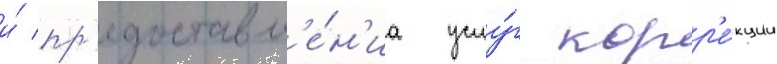
и́ пр'едоставл'е́н'иа услу́г корр'е́кции